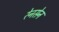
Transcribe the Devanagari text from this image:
रेनसेन